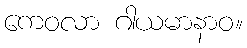
ကေဝလာ ဂါယမာနာဝ။